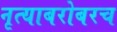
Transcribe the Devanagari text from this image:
नृत्याबरोबरच